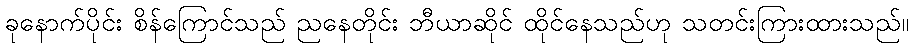
ခုနောက်ပိုင်း စိန်ကြောင်သည် ညနေတိုင်း ဘီယာဆိုင် ထိုင်နေသည်ဟု သတင်းကြားထားသည်။